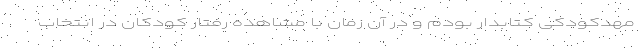
مهدکودکی کتابدار بودم و در آن زمان با مشاهده رفتار کودکان در انتخاب